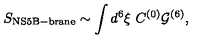
S _ { \mathrm { N S 5 B - b r a n e } } \sim \int d ^ { 6 } \xi \ C ^ { ( 0 ) } { \cal G } ^ { ( 6 ) } ,